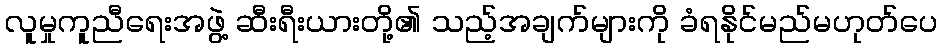
လူမှုကူညီရေးအဖွဲ့ ဆီးရီးယားတို့၏ သည့်အချက်များကို ခံရနိုင်မည်မဟုတ်ပေ